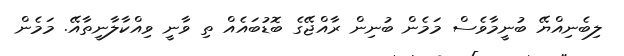
ލިބެނިއްޔޭ ބުނީމާވެސް މަމެން ބުނިން ރާއްޖޭގެ ބޮޑުބައެއް ތި ވާނީ ވިއްކާލާނީތާއޭ. މަމެން